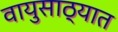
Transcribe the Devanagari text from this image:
वायुसाठ्यात